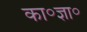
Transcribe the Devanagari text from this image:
का॰ज्ञा॰